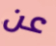
عن